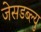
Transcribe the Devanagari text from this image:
जेसडब्ल्यु